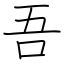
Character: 吾